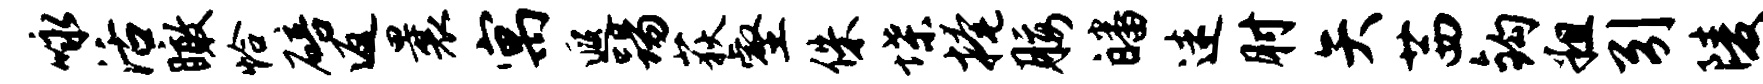
咏活瞰恰碚返曩寓遐踢荻壑侏堞掩腰皤迷肘矢茜钩粗引陵涕